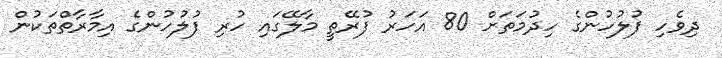
ދިވެހި ފުލުހުންގެ ހިދުމަތަށް 80 އަހަރު ފުރޭތީ މާލޭގައި ހުރި ފުލުހުންގެ އިމާރާތްތަކުން